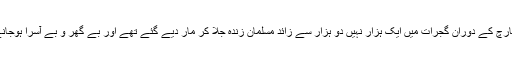
پندرہ سال قبل 2002 میں 28 فروری سے 28 مارچ کے دوران گجرات میں ایک ہزار نہیں دو ہزار سے زائد مسلمان زندہ جلا کر مار دیے گئے تھے اور بے گھر و بے آسرا ہوجانے والوں کی تعداد تو تین لاکھ سے بھی زائد تھی !